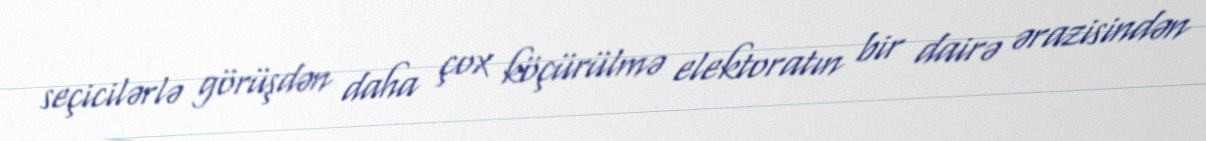
seçicilərlə görüşdən daha çox köçürülmə elektoratın bir dairə ərazisindən